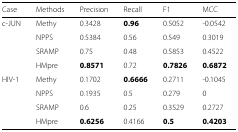
| Case | Methods | Precision | Recall | F1 | MCC |
 | --- | --- | --- | --- | --- | --- |
 | c-JUN | Methy | 0.3428 | 0.96 | 0.5052 | -0.0542 |
 |  | NPPS | 0.5384 | 0.56 | 0.549 | 0.3019 |
 |  | SRAMP | 0.75 | 0.48 | 0.5853 | 0.4522 |
 |  | HMpre | 0.8571 | 0.72 | 0.7826 | 0.6872 |
 | HIV-1 | Methy | 0.1702 | 0.6666 | 0.2711 | -0.1045 |
 |  | NPPS | 0.1935 | 0.5 | 0.279 | 0 |
 |  | SRAMP | 0.6 | 0.25 | 0.3529 | 0.2727 |
 |  | HMpre | 0.6256 | 0.4166 | 0.5 | 0.4203 |